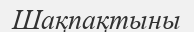
Шақпақтыны